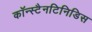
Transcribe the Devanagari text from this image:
कॉन्स्टैनटिनिडिस